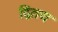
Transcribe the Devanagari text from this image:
द्वितय